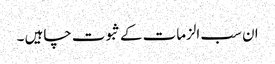
ان سب الزمات کے ثبوت چاہیں ۔